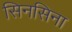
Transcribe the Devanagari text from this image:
सिनसिना